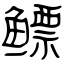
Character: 鳔